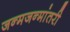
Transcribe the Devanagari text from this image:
जन्मजन्मांतरी